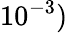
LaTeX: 10^{-3})